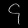
Digit: ၄